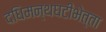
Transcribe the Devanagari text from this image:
दधिमन्थघटीभेत्ता